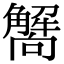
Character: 𧥁